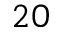
2 0